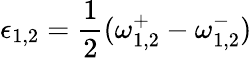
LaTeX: \epsilon_{1,2}=\frac{1}{2}(\omega_{1,2}^{+}-\omega_{1,2}^{-})